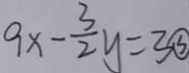
9 x - \frac { 3 } { 2 } y = 3 \textcircled { 3 }